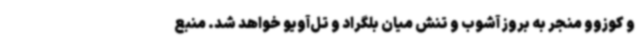
و کوزوو منجر به بروز آشوب و تنش میان بلگراد و تل‌آویو خواهد شد. منبع